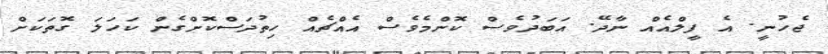
ޖެހުނީ. އެ ފީލްއެއް ނާދޭ. އަބަދުވެސް ކޮންމެވެސް އެއްޗެއް ހިތުދަސްކޮށްގެން ކަހަލަ ގޮތަކަށް